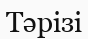
Тәрізі